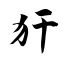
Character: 犴